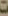
ت